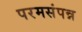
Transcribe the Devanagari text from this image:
परमसंपन्न